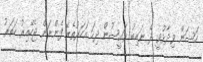
ހަސަން ވިދާޅުވީ ދެ ނައިބު ރައީސުން ދިހަ އަހަރުތެރޭ ފެންނަން ޖެހޭއިރު ހަތަރު